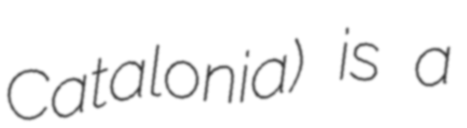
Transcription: Catalonia) is a